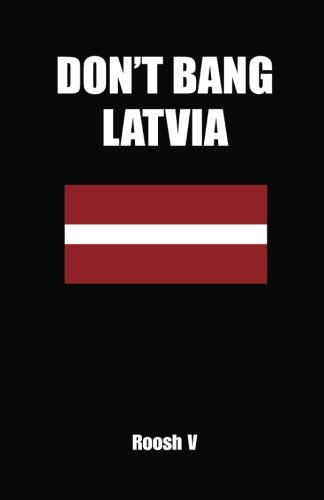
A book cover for Don't Bang Latvia: How To Sleep With Latvian Women In Latvia Without Getting Scammed; Roosh V; Travel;